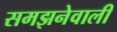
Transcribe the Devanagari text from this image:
समझनेवाली